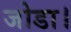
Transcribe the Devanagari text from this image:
जोडा।